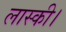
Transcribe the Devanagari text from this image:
लास्की।